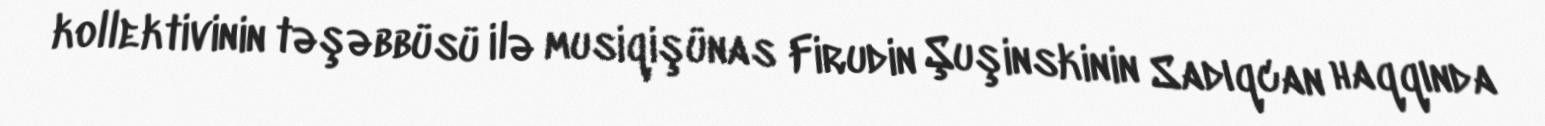
kollektivinin təşəbbüsü ilə musiqişünas Firudin Şuşinskinin Sadıqcan haqqında